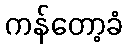
ကန်တော့ခံ